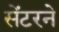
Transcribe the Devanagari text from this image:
सेंटरने